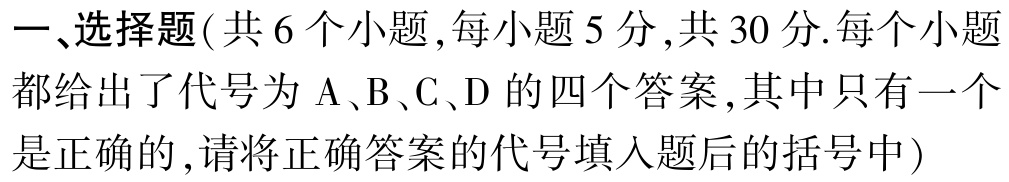
一、选择题(共 6 个小题,每小题 5 分,共 30 分.每个小题都给出了代号为 A、B、C、D 的四个答案,其中只有一个是正确的,请将正确答案的代号填入题后的括号中)